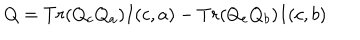
Q = T r ( Q _ { c } Q _ { a } ) I ( c , a ) - T r ( Q _ { c } Q _ { b } ) I ( c , b )